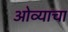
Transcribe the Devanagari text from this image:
ओव्याचा